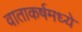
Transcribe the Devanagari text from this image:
वाताकर्षमध्ये